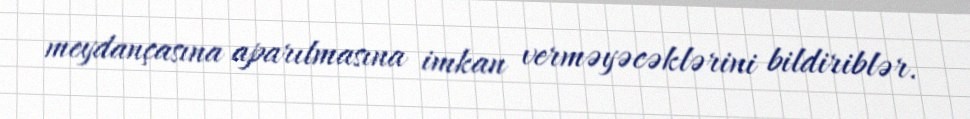
meydançasına aparılmasına imkan verməyəcəklərini bildiriblər.